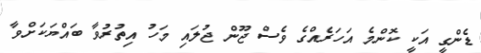
ޑެންގީ އަކީ ކޮންމެ އަހަރެއްގެ ވެސް ޖޫން ޖުލައި މަހު އިތުރުވާ ބައްޔަކަށްވާ